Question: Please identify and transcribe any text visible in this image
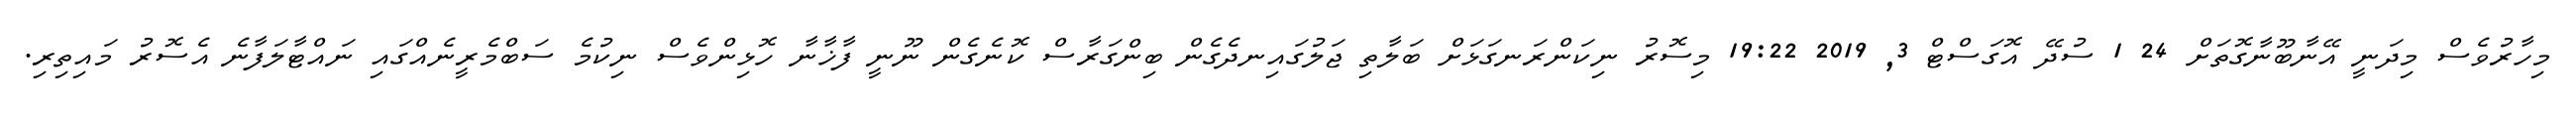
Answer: މިހާރުވެސް މިދަނީ އޭނާބޫނާގޮތަށް 24 1 ސުދޭ އޮގަސްޓް 3, 2019 19:22 މިސޮރު ނިކަންރަނގަޅަށް ބަލާތި ޖަލުގައިނދެގެން ބިންގަރާސް ކޮނެގެން ނޫނީ ފާޚާނާ ހޮޅިންވެސް ނިކުމެ ސަބްމެރީނެއްގައި ނައްޓާލަފާނެ އެސޮރު މައިތިރި.